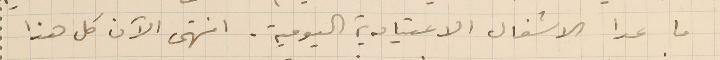
ما عدا الاشغال الاعتيادية اليومية. انتهى الآن كل هذا